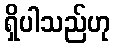
ရှိပါသည်ဟု